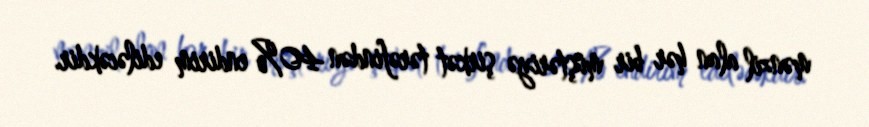
mənzil alan hər bir müştəriyə şirkət tərəfindən 40% endirim ediləcəkdir.